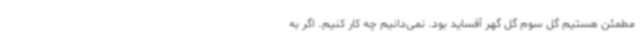
مطمئن هستیم گل سوم گل گهر آفساید بود. نمی‌دانیم چه کار کنیم. اگر به